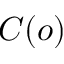
C ( o )